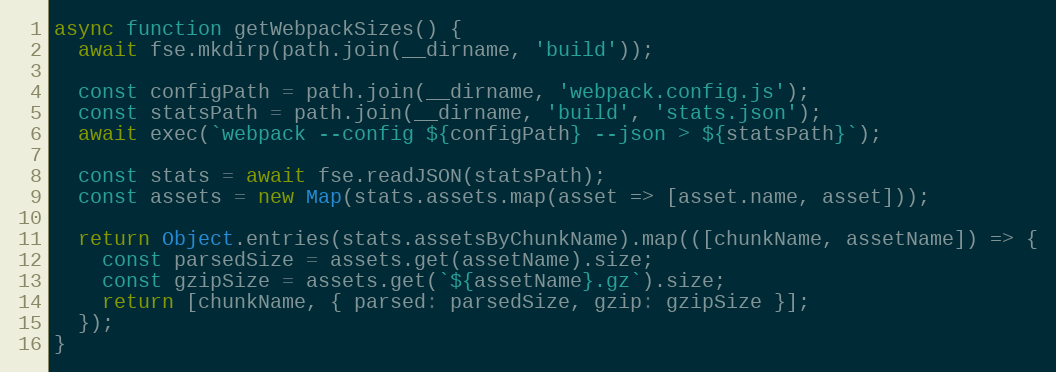
Language: JavaScript
async function getWebpackSizes() {
  await fse.mkdirp(path.join(__dirname, 'build'));

  const configPath = path.join(__dirname, 'webpack.config.js');
  const statsPath = path.join(__dirname, 'build', 'stats.json');
  await exec(`webpack --config ${configPath} --json > ${statsPath}`);

  const stats = await fse.readJSON(statsPath);
  const assets = new Map(stats.assets.map(asset => [asset.name, asset]));

  return Object.entries(stats.assetsByChunkName).map(([chunkName, assetName]) => {
    const parsedSize = assets.get(assetName).size;
    const gzipSize = assets.get(`${assetName}.gz`).size;
    return [chunkName, { parsed: parsedSize, gzip: gzipSize }];
  });
}